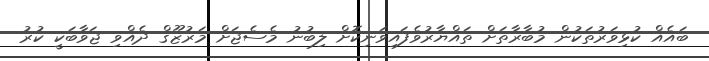
ބައެއް ކުޅިވަރުތަކުން މުބާރާތަށް ތައްޔާރުވެފައިވަނިކޮށް ލިބުނު މެސެޖަށް މަރުޒޫޤް ދެއްވި ޖަވާބަކީ ކުރު